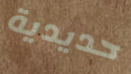
حديدية